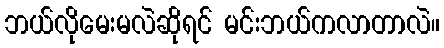
ဘယ်လိုမေးမလဲဆိုရင် မင်းဘယ်ကလာတာလဲ။